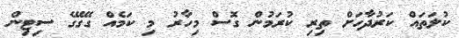
ކުލަތައް ކަރުދާހަށް ތިރި ކުރަމުން ގޮސް މިހާރު މި ކަމެއް ގޭގޭގެ ސިޓިން